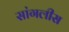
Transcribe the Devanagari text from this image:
सांगलीस